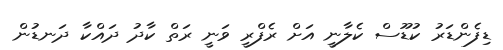
ޑިފެންޑަރު ކުޑޫސް ކެލާނީ އަށް ރެފްރީ ވަނީ ރަތް ކާދު ދައްކާ ދަނޑުން